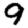
Digit: 9